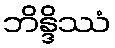
ဘိန္ဒိဿံ